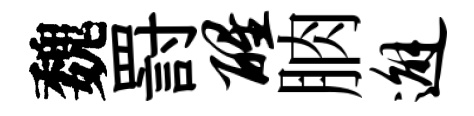
魏罸醒朒邂